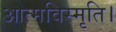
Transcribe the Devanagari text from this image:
आत्मविस्मृति।